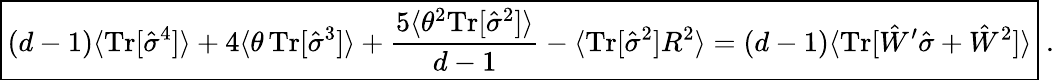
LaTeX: \boxed{(d-1)\langle\textrm{Tr}[\hat{\sigma}^{4}]\rangle+4\langle\theta\, \textrm{Tr}[\hat{\sigma}^{3}]\rangle+\frac{5\langle\theta^{2}\textrm{Tr}[\hat{\sigma}^{2}]\rangle}{d-1}-\langle\textrm{Tr}[\hat{\sigma}^{2}]R^{2}\rangle=(d-1)\langle\textrm{Tr}[\hat{W}^{\prime}\hat{\sigma}+\hat{W}^{2}]\rangle}\ .